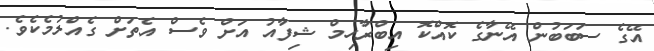
އޭގެ ސަބަބުން އޭނާގެ ކޮއްކޮ އިބްރާހިމް ޝިފާއު އަށް ވެސް އެތަށް ގެއްލުމެކެވެ.